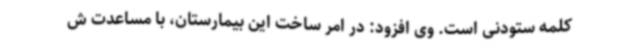
کلمه ستودنی است. وی افزود: در امر ساخت این بیمارستان، با مساعدت ش